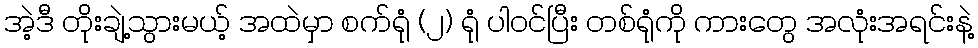
အဲ့ဒီ တိုးချဲ့သွားမယ့် အထဲမှာ စက်ရုံ (၂) ရုံ ပါဝင်ပြီး တစ်ရုံကို ကားတွေ အလုံးအရင်းနဲ့